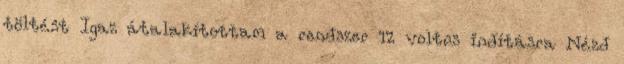
töltést Igaz átalakítottam a rendszer 12 voltos indításra Nézd